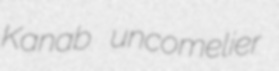
Kanab uncomelier